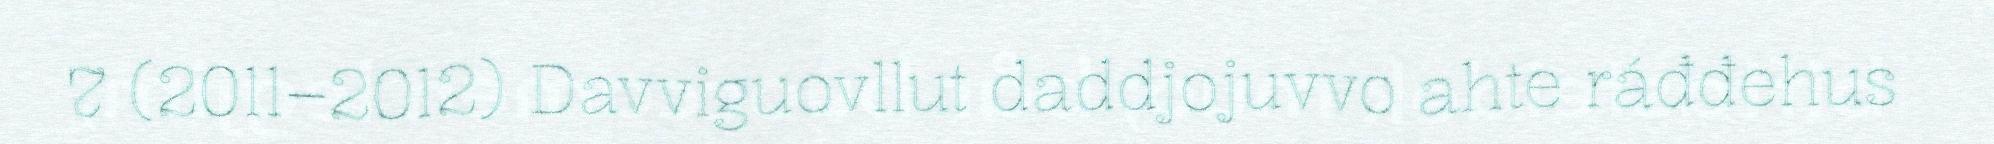
7 (2011–2012) Davviguovllut daddjojuvvo ahte ráđđehus